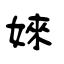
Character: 婡